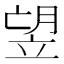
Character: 𥩿